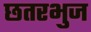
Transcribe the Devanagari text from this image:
छतरभुज